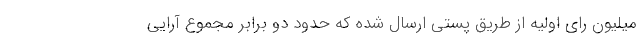
میلیون رای اولیه از طریق پستی ارسال شده که حدود دو برابر مجموع آرایی